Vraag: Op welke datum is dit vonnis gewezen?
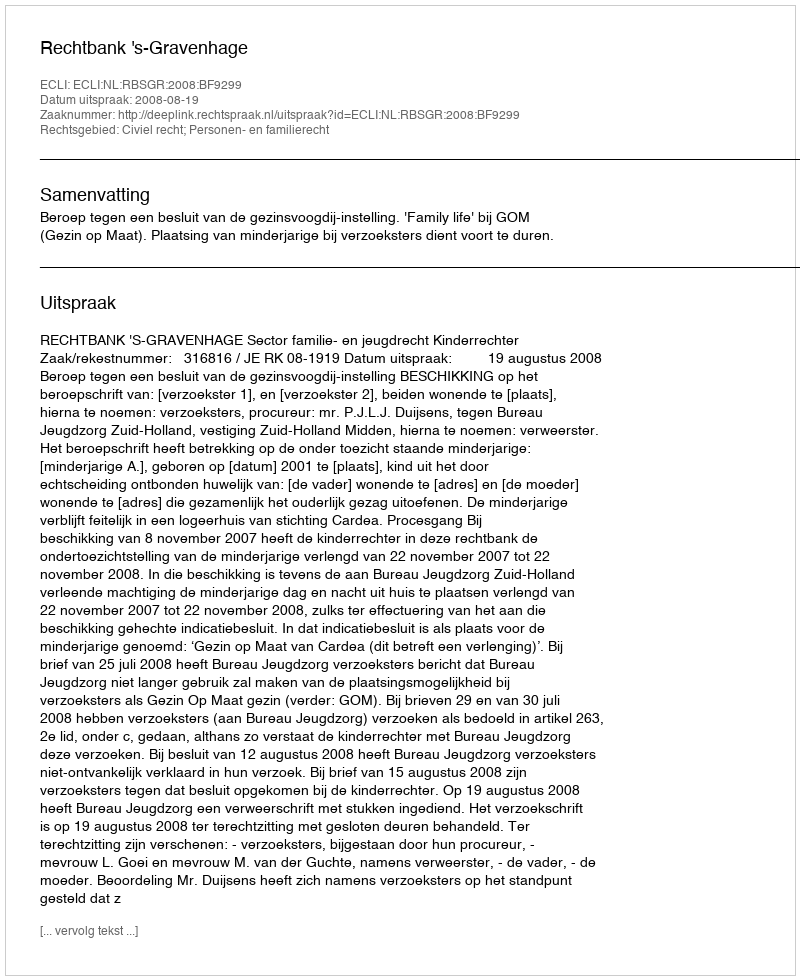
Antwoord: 2008-08-19